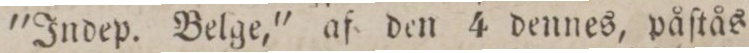
”Indep. Belge,” af den 4 dennes, påſtås